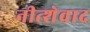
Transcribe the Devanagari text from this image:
नीत्शेवाद